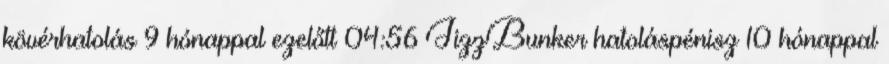
kövérhatolás 9 hónappal ezelőtt 04:56 JizzBunker hatoláspénisz 10 hónappal